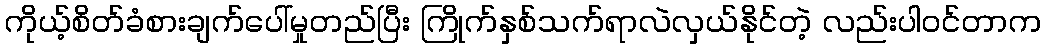
ကိုယ့်စိတ်ခံစားချက်ပေါ်မှုတည်ပြီး ကြိုက်နှစ်သက်ရာလဲလှယ်နိုင်တဲ့ လည်းပါဝင်တာက